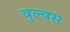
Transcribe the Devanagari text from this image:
वुल्वस